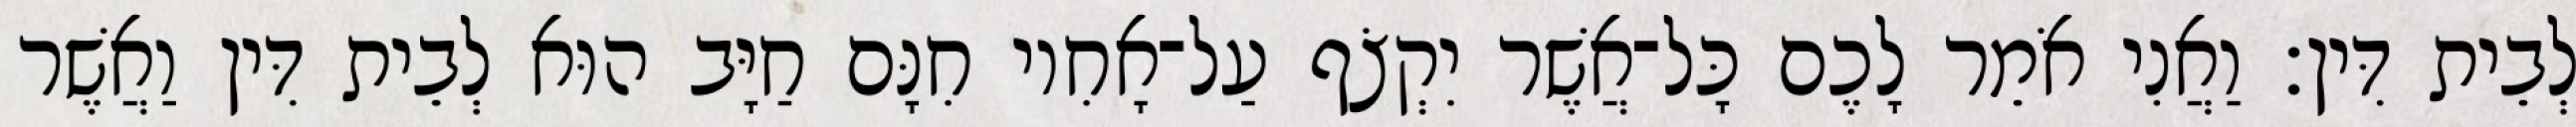
לְבֵית דִּין׃ וַאֲנִי אֹמֵר לָכֶם כָּל־אֲשֶׁר יִקְצֹף עַל־אָחִיו חִנָּם חַיָּב הוּא לְבֵית דִּין וַאֲשֶׁר